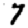
Digit: 7